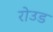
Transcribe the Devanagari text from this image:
रोउड